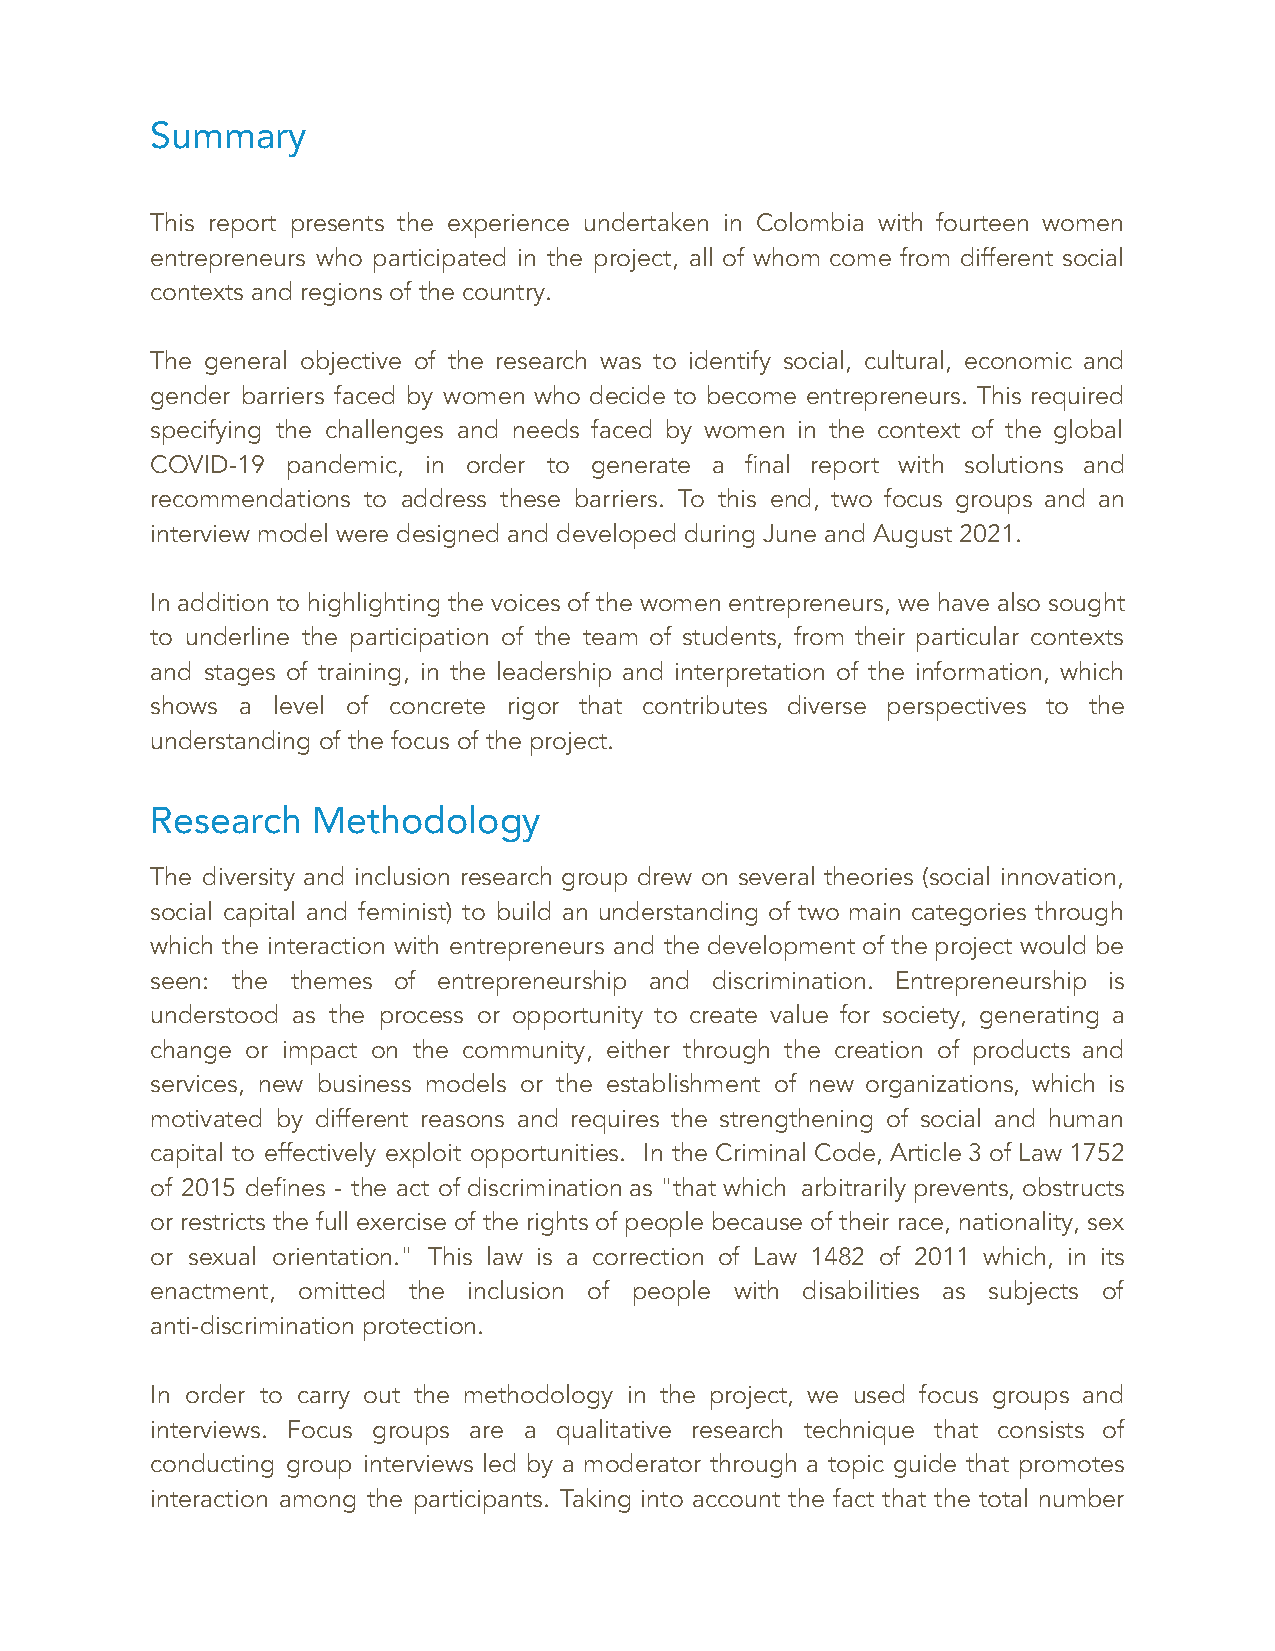
Summary
 This report presents the experience undertaken in Colombia with fourteen women
 entrepreneurs who participated in the project, all of whom come from different social
 contexts and regions of the country.
 The general objective of the research was to identify social, cultural, economic and
 gender barriers faced by women who decide to become entrepreneurs. This required
 specifying the challenges and needs faced by women in the context of the global
 COVID-19 pandemic, in order to generate a final report with solutions and
 recommendations to address these barriers. To this end, two focus groups and an
 interview model were designed and developed during June and August 2021.
 In addition to highlighting the voices of the women entrepreneurs, we have also sought
 to underline the participation of the team of students, from their particular contexts
 and stages of training, in the leadership and interpretation of the information, which
 shows a level of concrete rigor that contributes diverse perspectives to the
 understanding of the focus of the project.
 Research   Methodology
 The diversity and inclusion research group drew on several theories (social innovation,
 social capital and feminist) to build an understanding of two main categories through
 which the interaction with entrepreneurs and the development of the project would be
 seen: the themes of entrepreneurship and discrimination. Entrepreneurship is
 understood as the process or opportunity to create value for society, generating a
 change or impact on the community, either through the creation of products and
 services, new business models or the establishment of new organizations, which is
 motivated by different reasons and requires the strengthening of social and human
 capital to effectively exploit opportunities. In the Criminal Code, Article 3 of Law 1752
 of 2015 defines - the act of discrimination as "that which arbitrarily prevents, obstructs
 or restricts the full exercise of the rights of people because of their race, nationality, sex
 or sexual orientation." This law is a correction of Law 1482 of 2011 which, in its
 enactment, omitted the inclusion of people with disabilities as subjects of
 anti-discrimination protection.
 In order to carry out the methodology in the project, we used focus groups and
 interviews. Focus groups are a qualitative research technique that consists of
 conducting group interviews led by a moderator through a topic guide that promotes
 interaction among the participants. Taking into account the fact that the total number